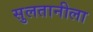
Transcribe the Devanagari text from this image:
सुलतानीला